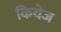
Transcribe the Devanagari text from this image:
कियेज